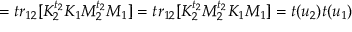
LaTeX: = t r _ { 1 2 } [ K _ { 2 } ^ { t _ { 2 } } K _ { 1 } M _ { 2 } ^ { t _ { 2 } } M _ { 1 } ] = t r _ { 1 2 } [ K _ { 2 } ^ { t _ { 2 } } M _ { 2 } ^ { t _ { 2 } } K _ { 1 } M _ { 1 } ] = t ( u _ { 2 } ) t ( u _ { 1 } )